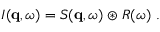
\begin{array} { r } { I ( \mathbf { q } , \omega ) = S ( \mathbf { q } , \omega ) \circledast R ( \omega ) \ . } \end{array}